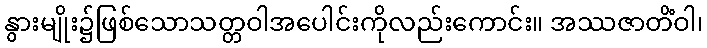
နွားမျိုး၌ဖြစ်သောသတ္တဝါအပေါင်းကိုလည်းကောင်း။ အဿဇာတိံဝါ၊